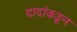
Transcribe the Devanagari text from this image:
दादांकडून